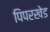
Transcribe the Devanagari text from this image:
पिपरखेड